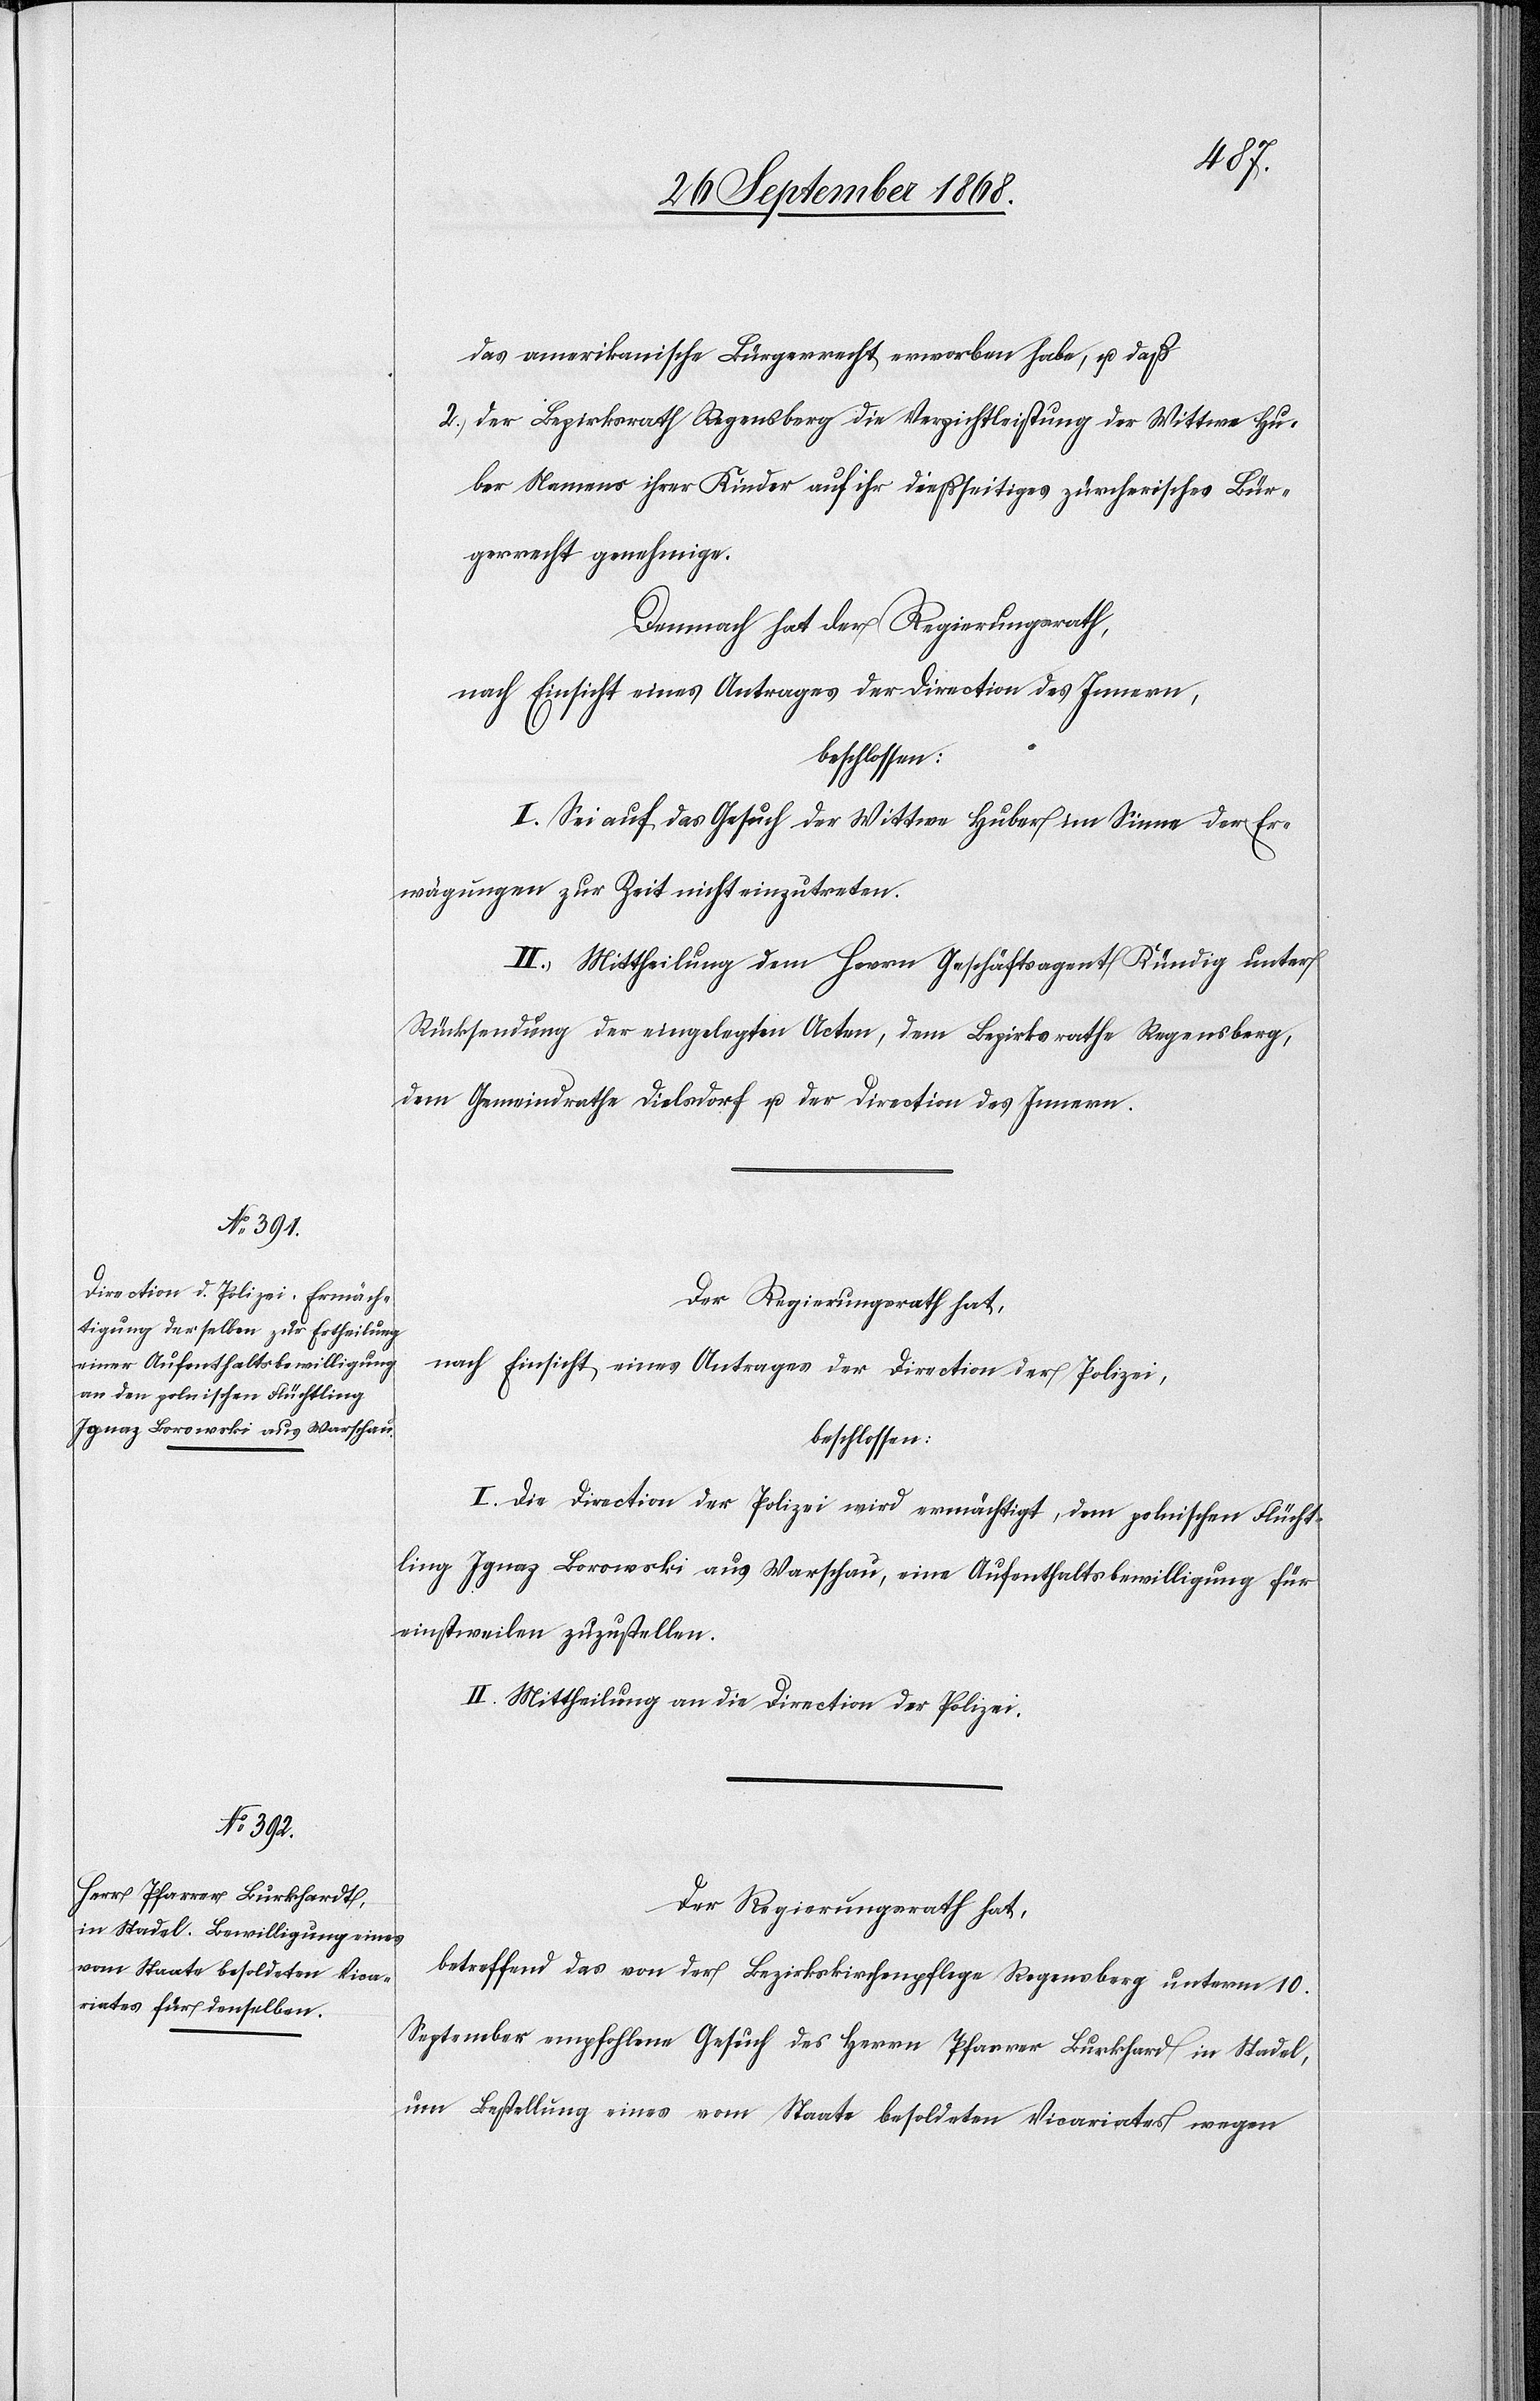
das amerikanische Bürgerrecht erworben habe, u. daß
2.) der Bezirksrath Regensberg die Verzichtleistung der Wittwe Hu¬
ber Namens ihrer Kinder auf ihr dießseitiges zürcherisches Bür¬
gerrecht genehmige.
Demnach hat der Regierungsrath,
nach Einsicht eines Antrages der Direction des Innern,
beschlossen:
I. Sei auf das Gesuch der Wittwe Huber im Sinne der Er¬
wägungen zur Zeit nicht einzutreten.
II. Mittheilung dem Herrn Geschäftsagent Kündig unter
Rücksendung der eingelegten Acten, dem Bezirksrathe Regensberg,
dem Gemeindrathe Dielsdorf u. der Direction des Innern.
Der Regierungsrath hat,
nach Einsicht eines Antrages der Direction der Polizei,
beschlossen:
I. Die Direction der Polizei wird ermächtigt, dem polnischen Flücht¬
ling Ignaz Borowski aus Warschau, eine Aufenthaltsbewilligung für
einstweilen zuzustellen.
II. Mittheilung an die Direction der Polizei.
Der Regierungsrath hat,
betreffend das von der Bezirkskirchenpflege Regensberg unterm 10.
September empfohlene Gesuch des Herrn Pfarrer Burkhard [sic!] in Stadel,
um Bestellung eines vom Staate besoldeten Vicariates wegen